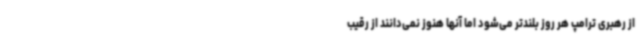
از رهبری ترامپ هر روز بلندتر می‌شود اما آنها هنوز نمی‌دانند از رقیب